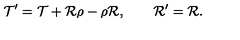
{ \cal T } ^ { \prime } = { \cal T } + { \cal R } \rho - \rho { \cal R } , \qquad { \cal R } ^ { \prime } = { \cal R } .